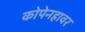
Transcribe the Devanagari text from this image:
कोपेनहावर